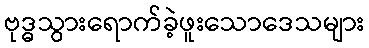
ဗုဒ္ဓသွားရောက်ခဲ့ဖူးသောဒေသများ